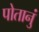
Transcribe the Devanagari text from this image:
पोतानुं